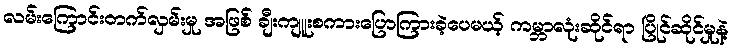
လမ်းကြောင်းတက်လှမ်းမှု အဖြစ် ချီးကျူးစကားပြောကြားခဲ့ပေမယ့် ကမ္ဘာလုံးဆိုင်ရာ ပြိုင်ဆိုင်မှုနဲ့